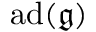
\operatorname { a d } ( { \mathfrak { g } } )